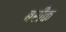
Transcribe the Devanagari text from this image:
बरीक